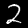
Digit: 2